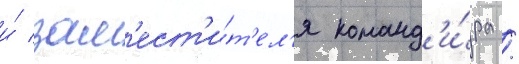
и́ зам'ест'и́т'ел'я команд'и́ра /